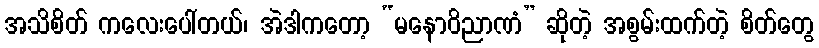
အသိစိတ် ကလေးပေါ်တယ်၊ အဲဒါကတော့ “မနောဝိညာဏံ” ဆိုတဲ့ အစွမ်းထက်တဲ့ စိတ်တွေ